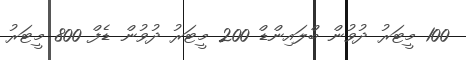
100 މީޓަރު ދުވުން ބްލައިންޑް 200 މީޓަރު ދުވުން ޑެފް 800 މީޓަރު